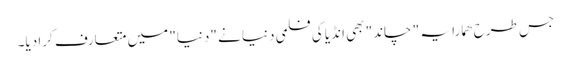
جس طرح ھمارا یہ " چاند" بھی انڈیا کی فلمی دنیا نے "دنیا" میں متعارف کرا دیا۔